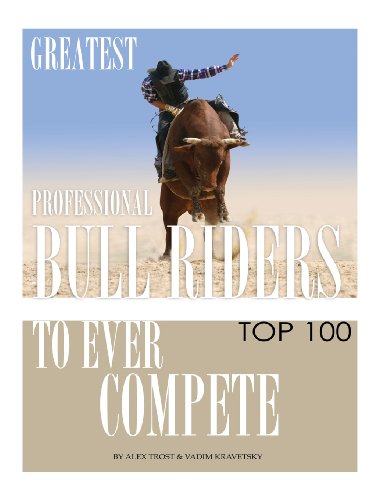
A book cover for Greatest Professional Bull Riders to Ever Compete: Top 100; Alex Trost; Sports & Outdoors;